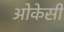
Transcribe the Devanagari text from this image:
ओकेसी